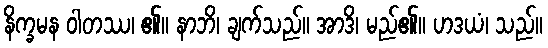
နိက္ခမန ဝါတဿ၊ ၏။ နာဘိ၊ ချက်သည်။ အာဒိ၊ မည်၏။ ဟဒယံ၊ သည်။